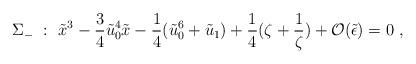
LaTeX: \begin{align*}\Sigma_-\ :\ \tilde{x}^3 - \frac{3}{4} \tilde u_0^4 \tilde{x}- \frac{1}{4} (\tilde u_0^6 + \tilde u_1)+ \frac{1}{4} (\zeta + \frac{1}{\zeta}) + {\cal O}(\tilde \epsilon) = 0 \ ,\end{align*}